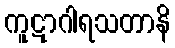
ကူဋာဂါရသတာနိ